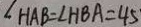
\angle H A B = \angle H B A = 4 5